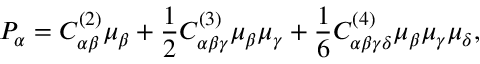
P _ { \alpha } = C _ { \alpha \beta } ^ { ( 2 ) } \mu _ { \beta } + \frac { 1 } { 2 } C _ { \alpha \beta \gamma } ^ { ( 3 ) } \mu _ { \beta } \mu _ { \gamma } + \frac { 1 } { 6 } C _ { \alpha \beta \gamma \delta } ^ { ( 4 ) } \mu _ { \beta } \mu _ { \gamma } \mu _ { \delta } ,